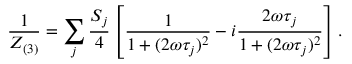
\frac { 1 } { Z _ { ( 3 ) } } = \sum _ { j } \frac { S _ { j } } { 4 } \left[ \frac { 1 } { 1 + ( 2 \omega \tau _ { j } ) ^ { 2 } } - i \frac { 2 \omega \tau _ { j } } { 1 + ( 2 \omega \tau _ { j } ) ^ { 2 } } \right] .